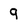
Character: 9